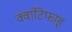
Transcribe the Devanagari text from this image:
क्वांटिफाइ